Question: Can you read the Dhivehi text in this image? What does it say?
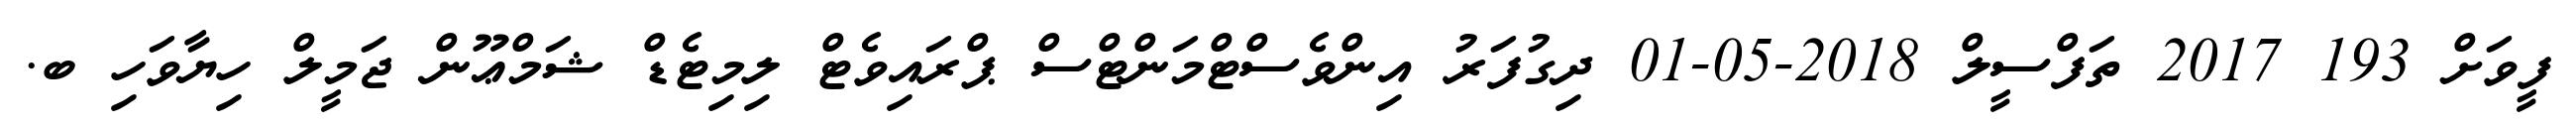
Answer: ފީވަށް 193 2017 ތަފްސީލް 2018-05-01 ދިގުފަރު އިންވެސްޓްމަންޓްސް ޕްރައިވެޓް ލިމިޓެޑް ޝަމްޢޫން ޖަމީލް ހިޔާވަހި ބ.